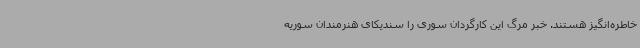
خاطره‌انگیز هستند. خبر مرگ این کارگردان سوری را سندیکای هنرمندان سوریه